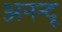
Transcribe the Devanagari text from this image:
अनन्‍दू